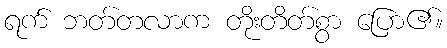
ရက် ဘတ်တလာက တိုးတိတ်စွာ ပြော၏။